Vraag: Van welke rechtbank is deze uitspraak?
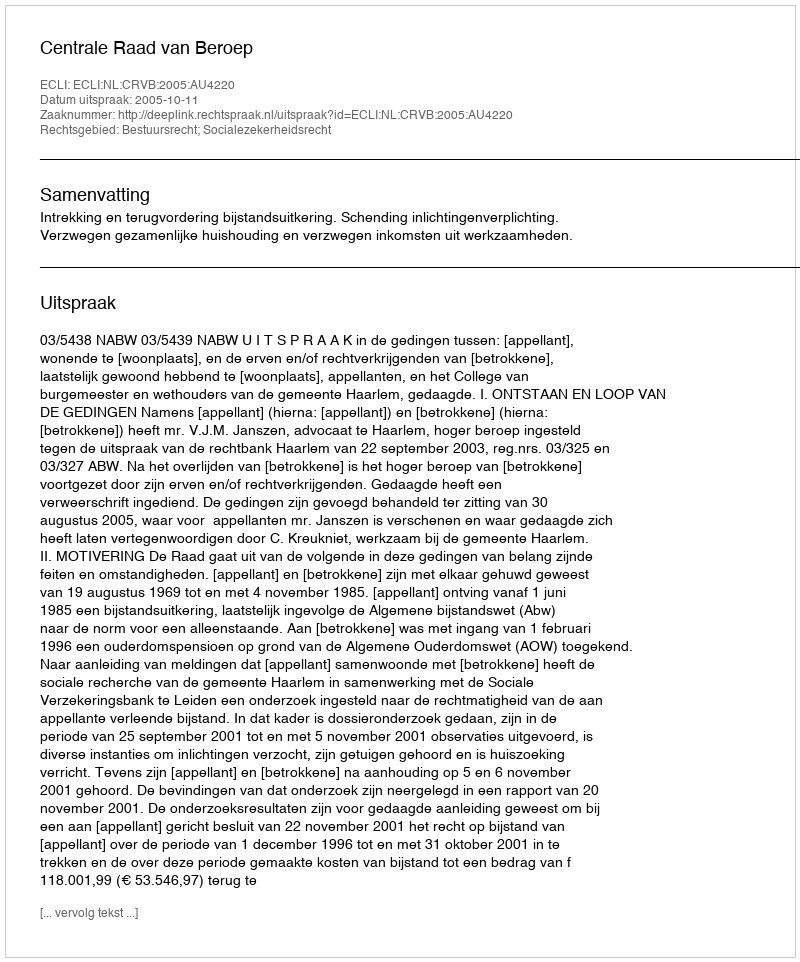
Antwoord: Centrale Raad van Beroep